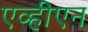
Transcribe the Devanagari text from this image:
एव्हीएन